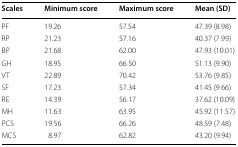
| Scales | Minimum score | Maximum score | Mean (SD) |
 | --- | --- | --- | --- |
 | PF | 19.26 | 57.54 | 47.39 (8.98) |
 | RP | 21.23 | 57.16 | 40.37 (7.99) |
 | BP | 21.68 | 62.00 | 47.93 (10.01) |
 | GH | 18.95 | 66.50 | 51.13 (9.90) |
 | VT | 22.89 | 70.42 | 53.76 (9.85) |
 | SF | 17.23 | 57.34 | 41.45 (9.66) |
 | RE | 14.39 | 56.17 | 37.62 (10.09) |
 | MH | 11.63 | 63.95 | 45.92 (11.57) |
 | PCS | 19.56 | 66.26 | 48.59 (7.48) |
 | MCS | 8.97 | 62.82 | 43.20 (9.94) |